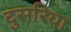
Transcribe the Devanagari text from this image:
दुसरिया